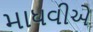
માધવીએ